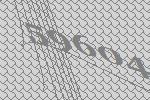
59604